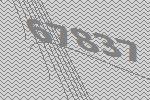
67837